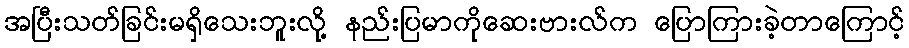
အပြီးသတ်ခြင်းမရှိသေးဘူးလို့ နည်းပြမာကိုဆေးဗားလ်က ပြောကြားခဲ့တာကြောင့်